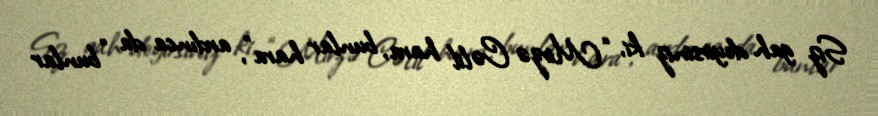
Siz gah deyirsiniz ki, “Mirzə Cəlil hara, bunlar hara”, ardınca da “bunlar